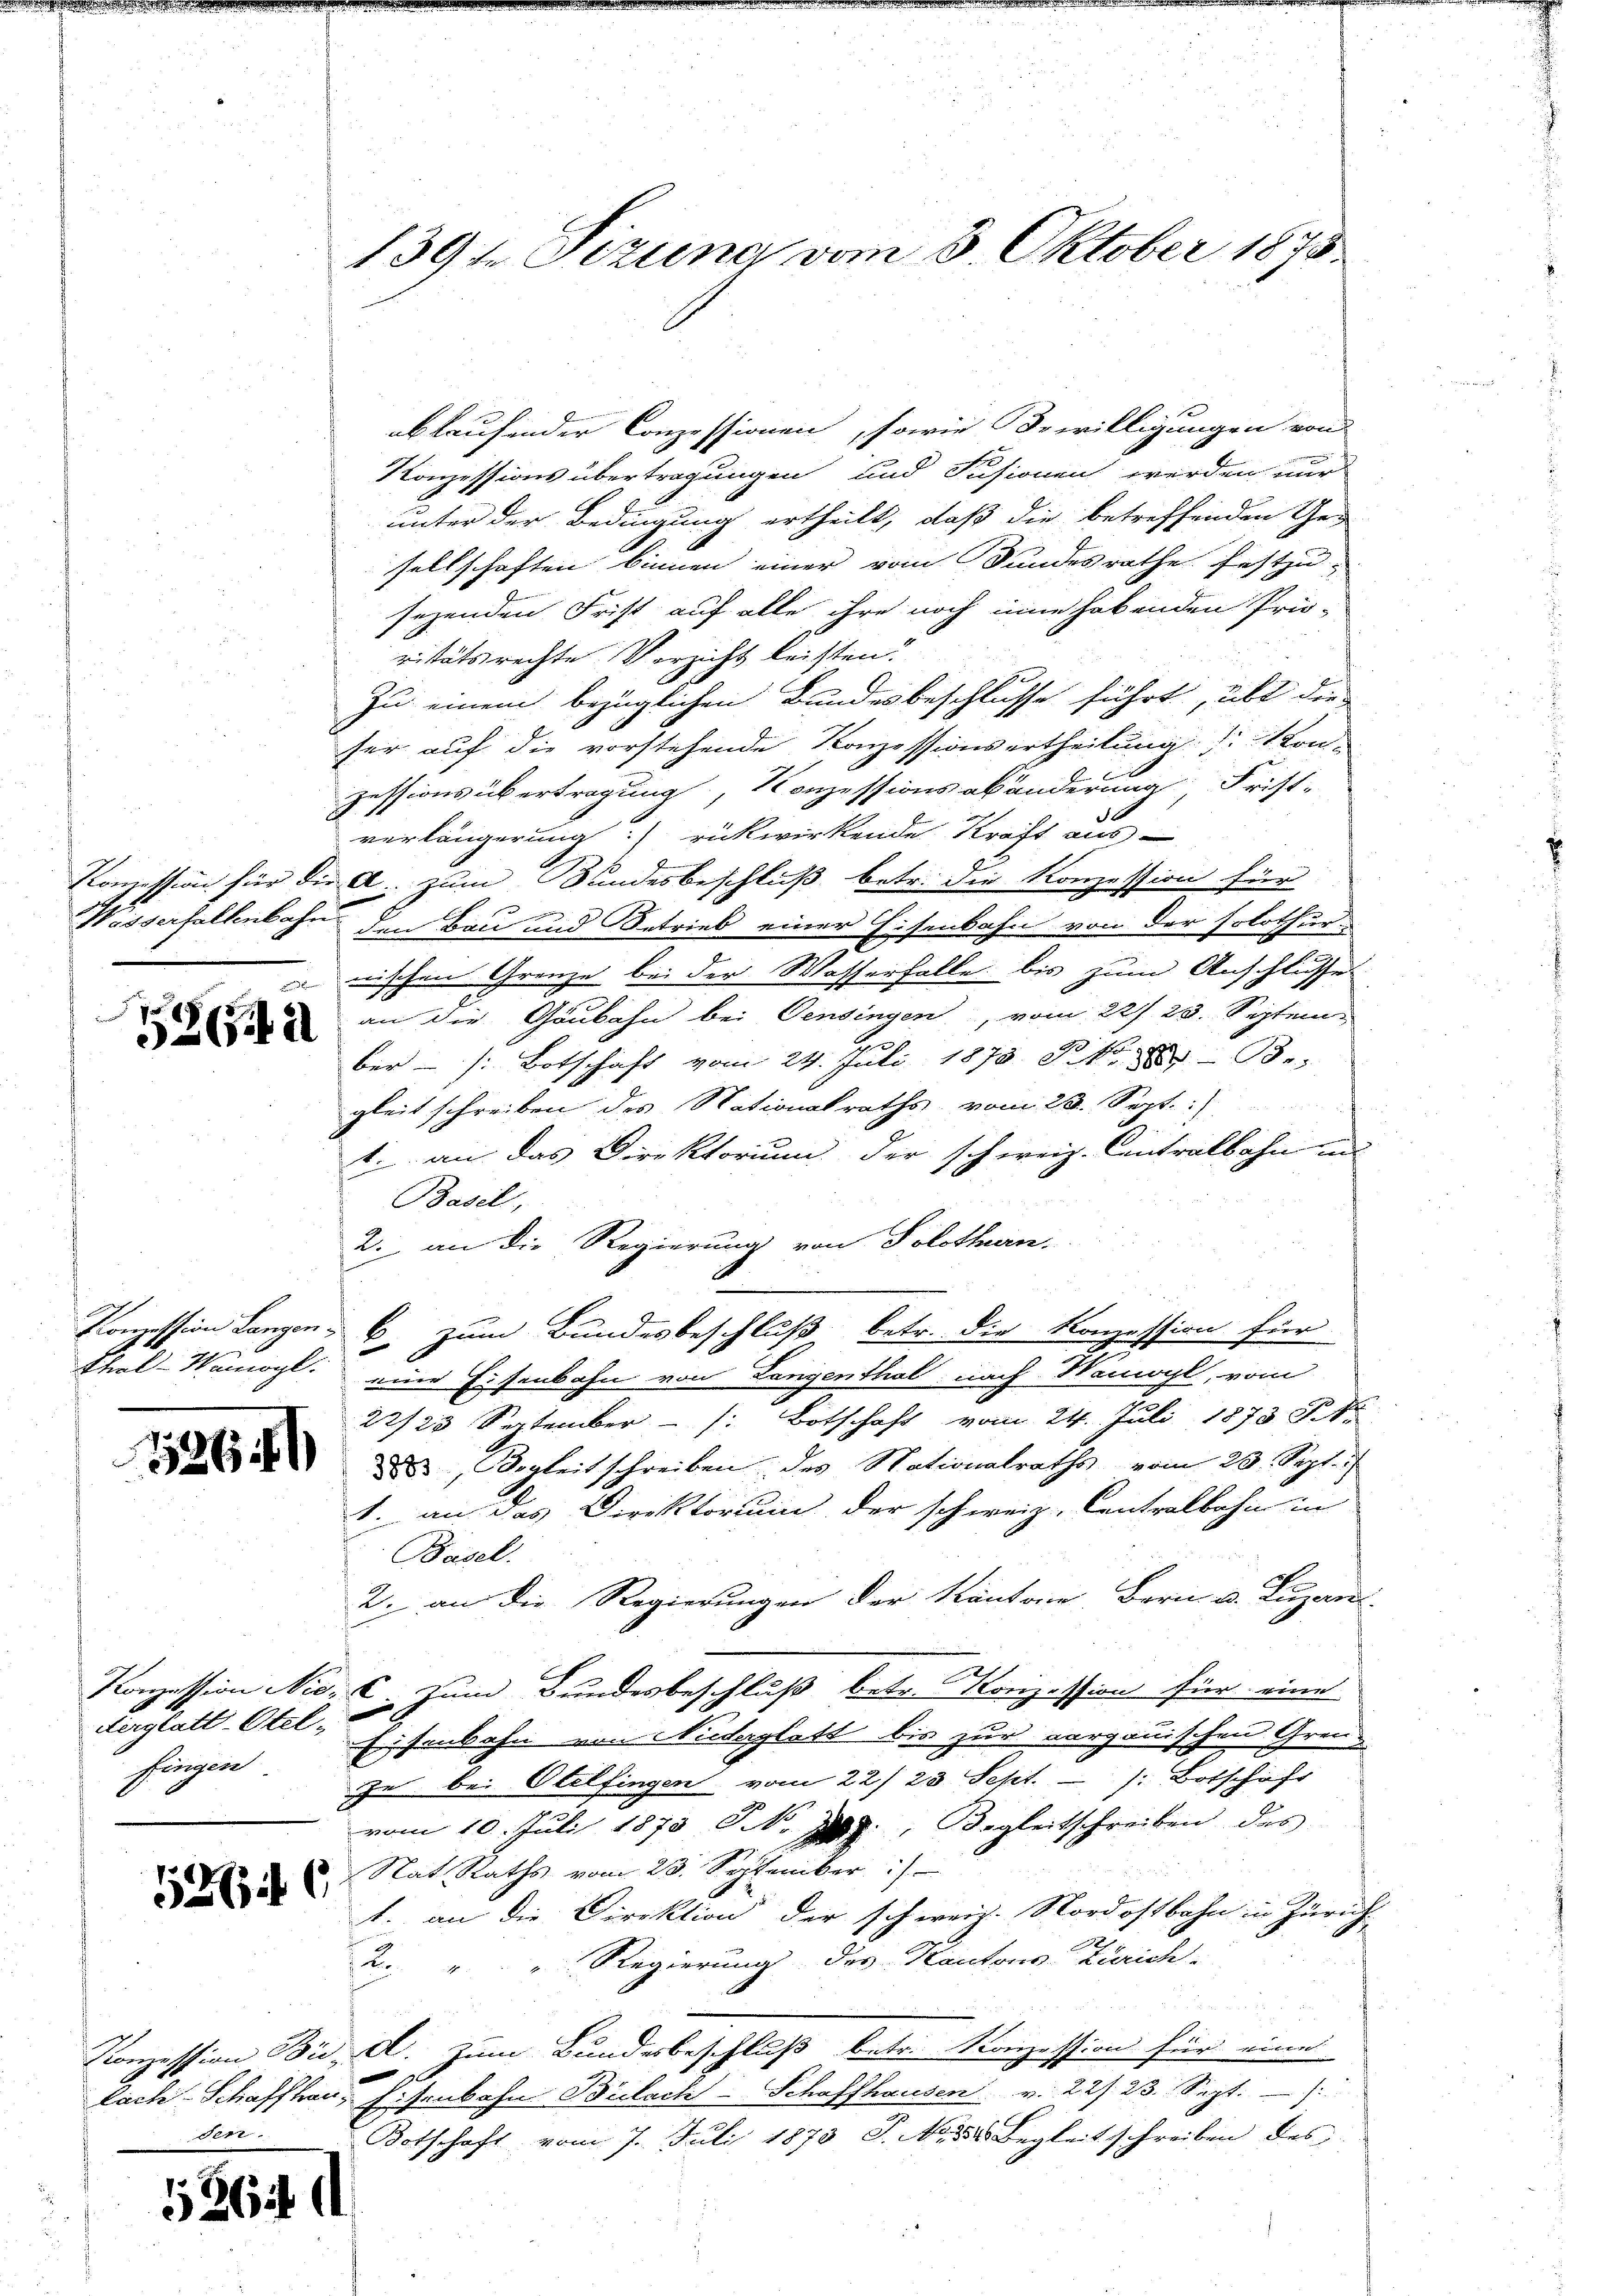
Furren können.
7
2642

186

Aerglatt-Stel-
fingen

1266

den.

536 f.

139te Sizung vom 5. Oktober 1873.

abkaufender Conzessionen, sowie Bewilligungen von
Konzessions übertragungen und Fusionen werden nur
unter der Bedingung ertheilt, daß die betreffenden Gesellschaften binnen einer vom Bundesrathe festzu-
sezenden Frist auf alle ihre noch eine habenden Pri-
ritätsrechte Verzicht leisten.
Zu einem bezüglichen Bundesbeschlusse führt, übt die
ser auf die vorstehende Konzessionsertheilung (: Von
zessions übertragung, Konzessionsabänderung, Frist-
verlängerung rückwirkende Kraft aus
Konzession für die A. zum Bundesbeschluß betr. die Konzession für
Wisserfallenbahn den Bau und Betrieb einer Eisenbahn von der solothurnischen Grenze bei der Wasserfalle bis zum Anschlusse
an die Gaubahn bei Censingen, vom 22. 23. Septem¬
2
ber  /: Botschaft vom 24. Juli 1873 St. B.
gleit schreiben des Nationalraths vom 23. Sept./
1. an das Direktorium der schweiz. Contralbahn un
Basel,
2. an die Regierung von Solothurn.
Konzession Langen 6. zum Bundesbeschluß betr. die Konzession für
Pfal-Wamogl. eine Eisenbahn von Langenthal nach Wamoyl, vom
22/23 September  /: Botschaft vom 24. Juli 1873 Skr
des Begleitschreiben des Nationalraths vom 23. Sept.
1. an das Direktorium der schweiz. Centralbahn in
Basel.
C
2. an die Regierungen der Kantone, Bern v. Luzan
Konzession Nic: C. zum Bundesbeschluß betr. Konzession für eine
Eisenbahn von Niederglatt bis zur Aargauischen Grenz
ze bei Otelfingen vom 22./23. Sept. - (: Botschäft
vom 10. Juli 1873 No 2. Begleitschreiben des
Rat Raths vom 23. September :/
1. an die Direktion der schweiz. Nordostbahn in Zürich.
Regierung des Kantons Zürich-
2
Konzession Bii, d. Zum Bundesbeschluß betr. Konzession für eine
fach Schaffhau, Eisenbahn Brilach Schaffhausen v. 22/23. Sept.
Botschaft vom 7. Juli 1878 J. M. des Begleitschreiben des